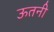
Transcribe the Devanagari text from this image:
ऊतनी